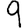
Digit: 9